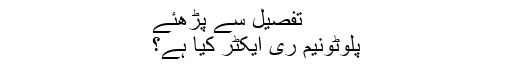
تفصیل سے پڑھئے
پلوٹونیم ری ایکٹر کیا ہے؟